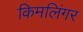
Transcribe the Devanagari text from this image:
किमलिंगर